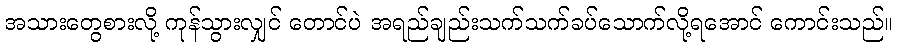
အသားတွေစားလို့ ကုန်သွားလျှင် တောင်ပဲ အရည်ချည်းသက်သက်ခပ်သောက်လို့ရအောင် ကောင်းသည်။